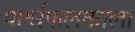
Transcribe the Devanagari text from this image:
पार्श्वफलकाला